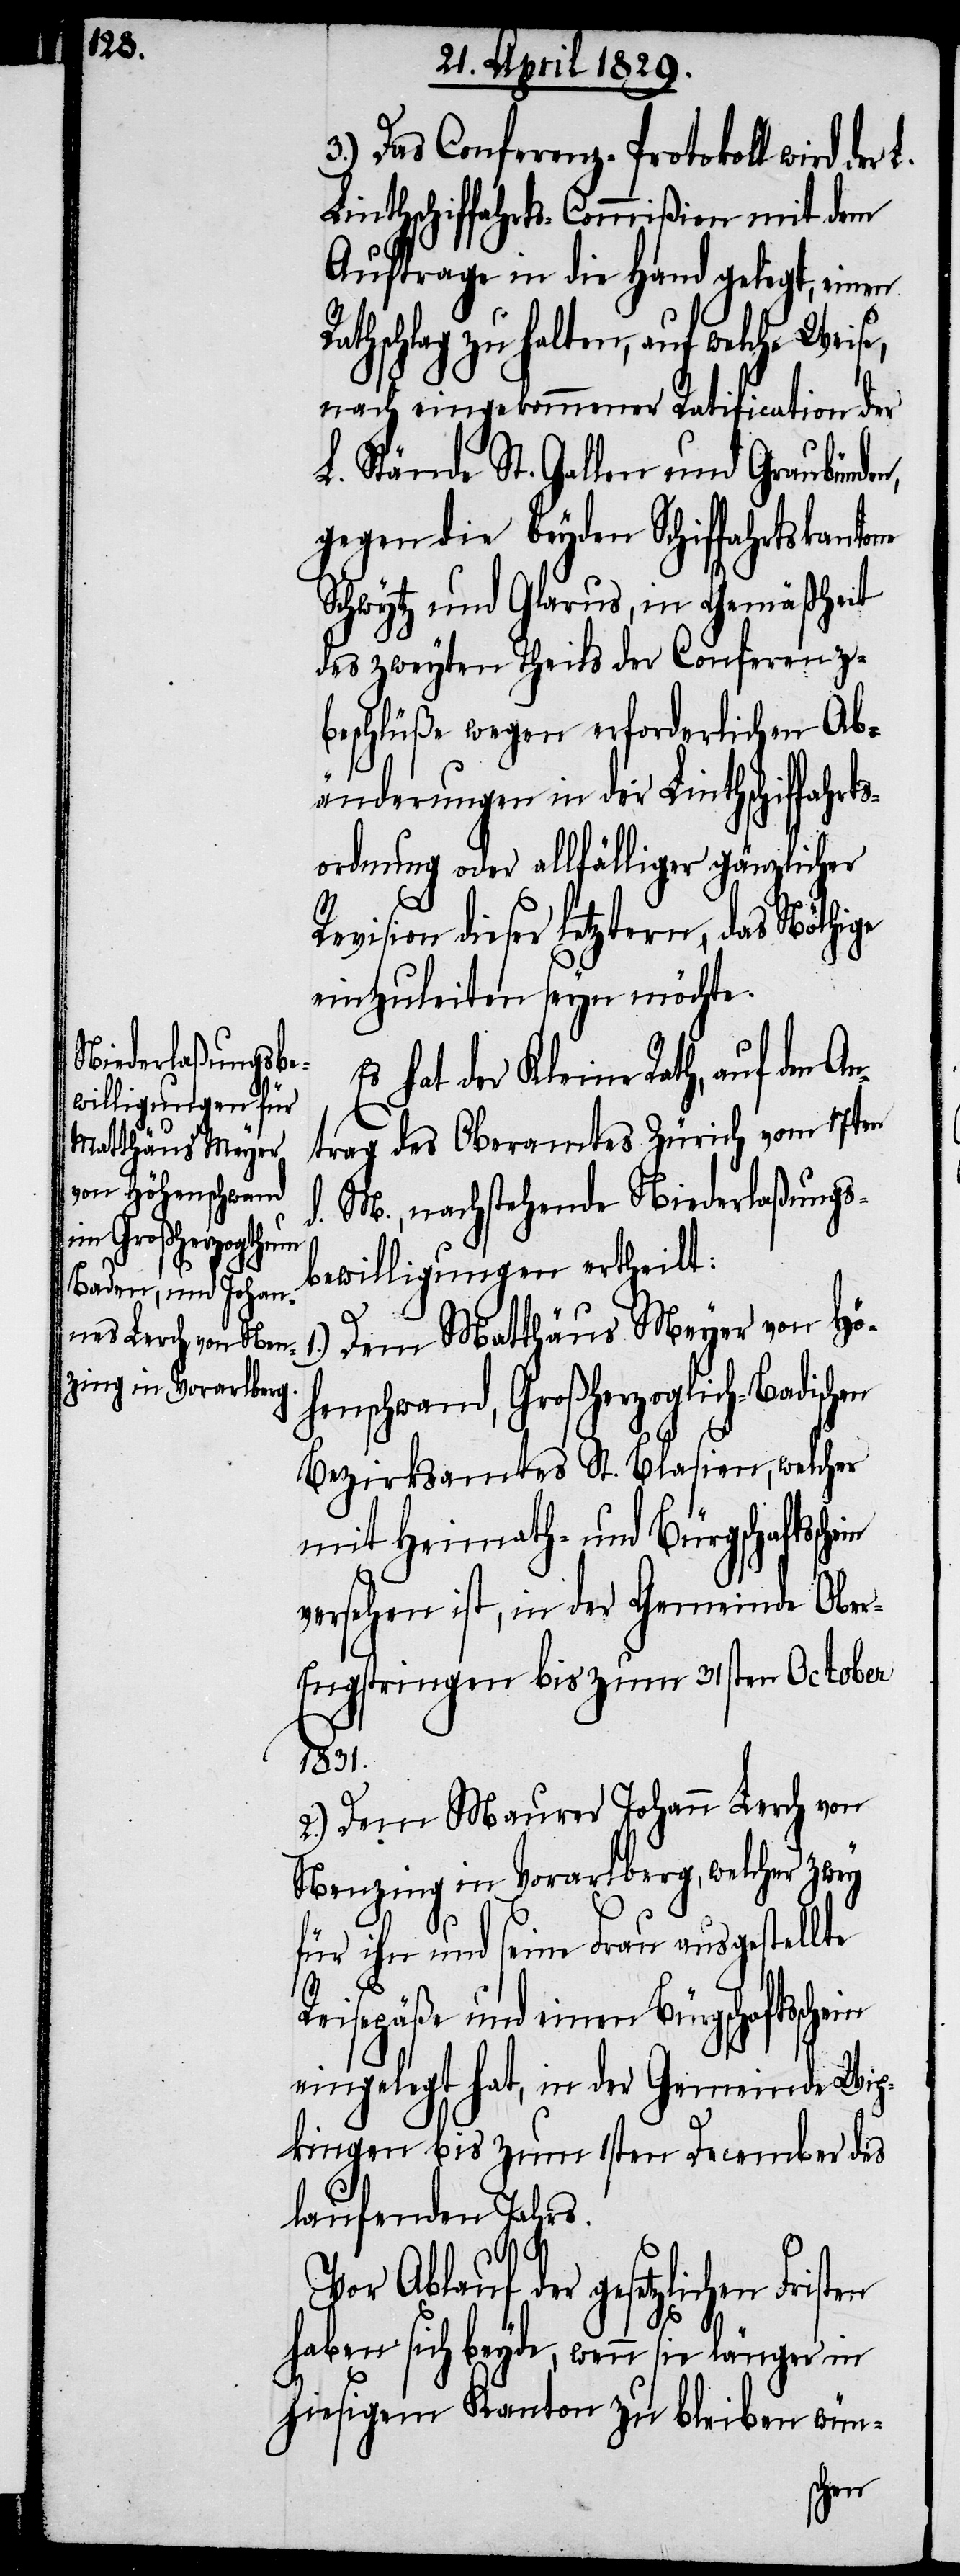
3.) Das Conferenz-Protokoll wird der
Linthschiffahrt-Commißion mit dem
Auftrage in die Hand gelegt, einen
athschlag zu halten, auf welche
nach eingekommener Ratification der
L. Stände St. Gallen und Graubünden,
gegen die beyden Schiffahrtskantone
Schwytz und Glarus, in Gemäßheit
des zweyten Theils der Conferenz¬
beschlüße wegen erforderlichen Ab¬
änderungen in der Linthschiffahrt¬
sordnung oder allfälliger gänzlicher
Revision dieser letztern, das Nöthige
einzuleiten seyn möchte.
hat der Kleine Rath, auf den A¬
ntrag des Oberamtes Zürich vom 17ten
M., nachstehende Niederlaßungs¬
d.
bewilligungen ertheilt:
Dem Matthäus Meyer von Hö¬
henschwand, Großherzoglich-Badischen
Bezirksamtes St. Blasien, welcher
mit Heimath- und Bürgschafts¬
versehen ist, in der Gemeinde Obe¬
r-Engstringen bis zum 31sten October
1831.
2.) Dem Maurer Johann Lerch von
Nenzing in Vorarlberg, welcher zwey
für ihn und seine Frau ausgestellte
Reisepäße und einen Bürgschafts¬
eingelegt hat, in der Gemeinde Wip¬
kingen bis zum 1sten December des
laufenden Jahres.
Vor Ablauf der gesetzlichen
haben sich beyde, wenn sie länger in
hiesigem Kanton zu bleiben wün-
schein